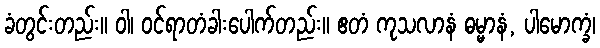
ခံတွင်းတည်း။ ဝါ၊ ဝင်ရာတံခါးပေါက်တည်း။ ဧတံ ကုသလာနံ ဓမ္မာနံ, ပါမောက္ခံ၊